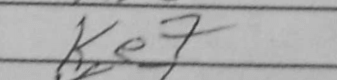
Transcription: Ke7